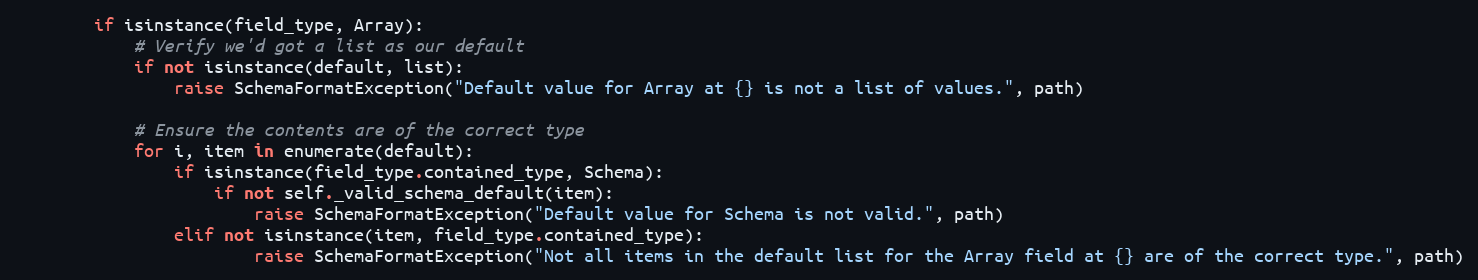
Language: Python
        if isinstance(field_type, Array):
            # Verify we'd got a list as our default
            if not isinstance(default, list):
                raise SchemaFormatException("Default value for Array at {} is not a list of values.", path)

            # Ensure the contents are of the correct type
            for i, item in enumerate(default):
                if isinstance(field_type.contained_type, Schema):
                    if not self._valid_schema_default(item):
                        raise SchemaFormatException("Default value for Schema is not valid.", path)
                elif not isinstance(item, field_type.contained_type):
                        raise SchemaFormatException("Not all items in the default list for the Array field at {} are of the correct type.", path)